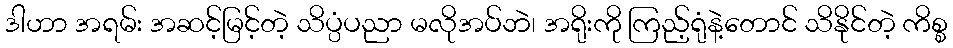
ဒါဟာ အရမ်း အဆင့်မြင့်တဲ့ သိပ္ပံပညာ မလိုအပ်ဘဲ၊ အရိုးကို ကြည့်ရုံနဲ့တောင် သိနိုင်တဲ့ ကိစ္စ